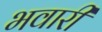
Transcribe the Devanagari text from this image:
भवारी